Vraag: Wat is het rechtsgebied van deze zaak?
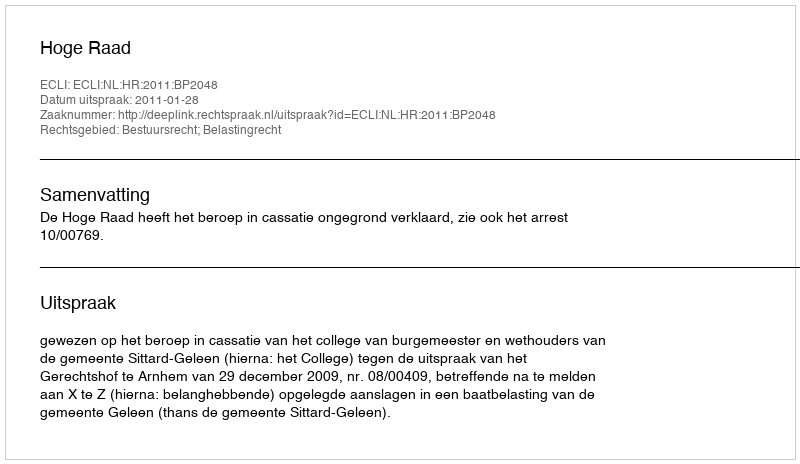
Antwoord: Bestuursrecht; Belastingrecht